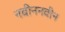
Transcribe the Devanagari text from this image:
नवीननवीन